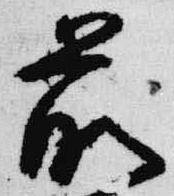
前